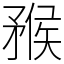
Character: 䂉